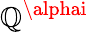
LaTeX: \mathbb{Q}^{\alphai}